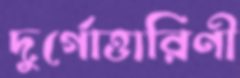
দুর্গোত্তারিণী